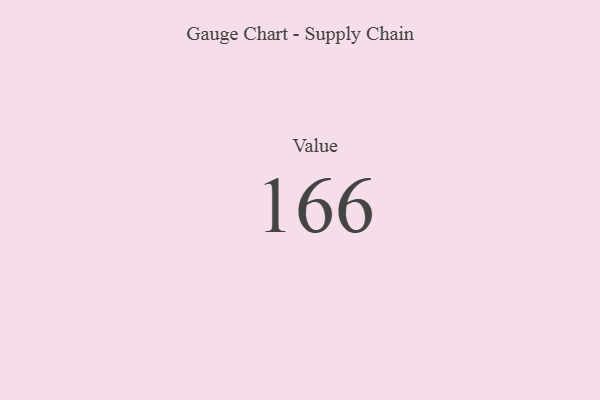
{"axis": {"x": "Metric", "y": "Value"}, "legend": [""], "data": [{"x": "Value", "y": 166, "type": ""}]}